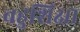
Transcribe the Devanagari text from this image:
बहुशिक्षा